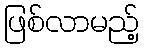
ဖြစ်လာမည့်